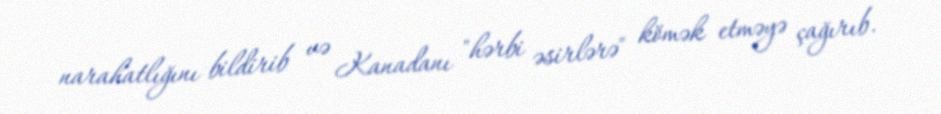
narahatlığını bildirib və Kanadanı "hərbi əsirlərə" kömək etməyə çağırıb.